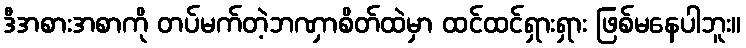
ဒီအစားအစာကို တပ်မက်တဲ့ဘဏှာစိတ်ထဲမှာ ထင်ထင်ရှားရှား ဖြစ်မနေပါဘူး။